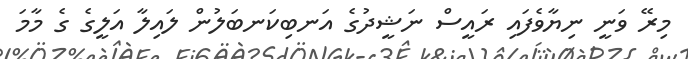
މިރޭ ވަނީ ނިޔާވެފައި ރައީސް ނަޝީދުގެ އަނބިކަނބަލުން ލައިލާ އަލީގެ ގެ މާމަ